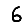
Digit: 6